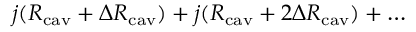
j ( R _ { \mathrm { c a v } } + \Delta R _ { \mathrm { c a v } } ) + j ( R _ { \mathrm { c a v } } + 2 \Delta R _ { \mathrm { c a v } } ) + \ldots